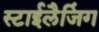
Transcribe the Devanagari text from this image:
स्टाईलैजिंग